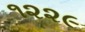
૧૨૨૯